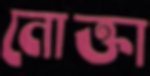
নোক্তা